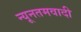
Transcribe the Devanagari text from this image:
न्यूनतमवादी